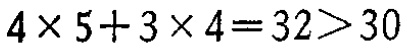
\(4\times 5 + 3\times 4 = 32>30\)